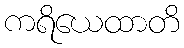
ကရိယေထာတိ